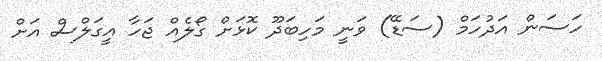
ހަސަން އަދުހަމް (ސަޑޭ) ވަނީ މަހިބަދޫ ކޮޅަށް ގޯލެއް ޖަހާ އީގަލްސް އަށް